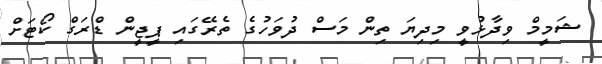
ޝަމީމް ވިދާޅުވީ މިިދިޔަ ތިން މަސް ދުވަހުގެ ތެރޭގައި ޕީޖީން ޑްރަގް ކޯޓަށް